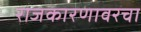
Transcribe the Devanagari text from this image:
राजकारणावरचा